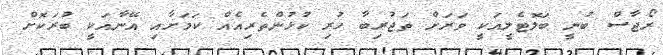
ރޯޖާސް ބުނީ ބަލޮޓެލީއަކީ ވަރަށް ތަޖުރިބާ ހުރި ކުޅުންތެރިއެއް ކަމަށާއި އޭނާއަކީ ބުރަކޮށް